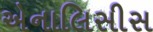
એનાલિસીસ